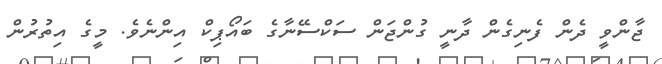
ޖާންވީ ދެން ފެނިގެން ދާނީ ގުންޖަން ސަކްސޭނާގެ ބައޯޕިކް އިންނެވެ. މީގެ އިތުރުން